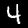
Digit: 4